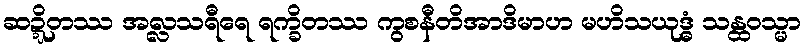
ဆဍ္ဍိတဿ အလ္လသရီရေ ရက္ခိတဿ ကွစနီတိအာဒိမာဟ မဟိသယုဒ္ဓံ သန္ထဝသ္မာ